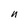
Character: n